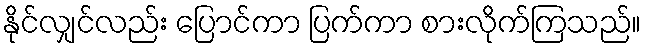
နိုင်လျှင်လည်း ပြောင်ကာ ပြက်ကာ စားလိုက်ကြသည်။